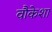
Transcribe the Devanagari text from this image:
वौकेशा